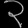
Digit: ၃